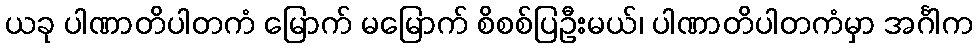
ယခု ပါဏာတိပါတကံ မြောက် မမြောက် စိစစ်ပြဦးမယ်၊ ပါဏာတိပါတကံမှာ အင်္ဂါက